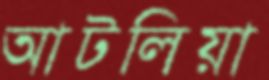
আটলিয়া